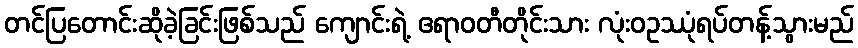
တင်ပြတောင်းဆိုခဲ့ခြင်းဖြစ်သည် ကျောင်းရဲ့ ဧရာဝတီတိုင်းသား လုံးဝဥဿုံရပ်တန့်သွားမည်